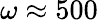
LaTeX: \omega\approx 500